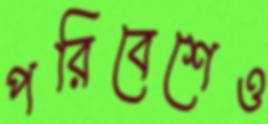
পরিবেশেও